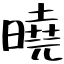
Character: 曉